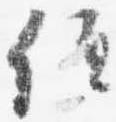
位